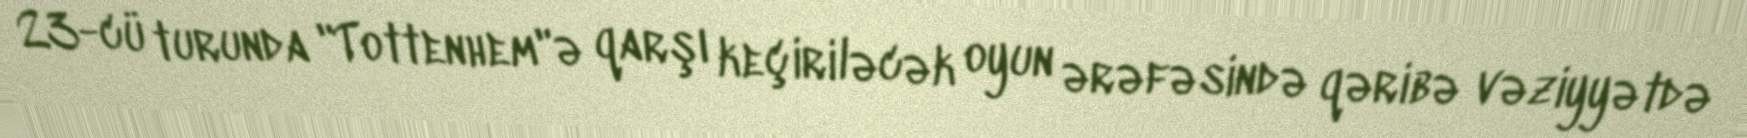
23-cü turunda "Tottenhem"ə qarşı keçiriləcək oyun ərəfəsində qəribə vəziyyətdə